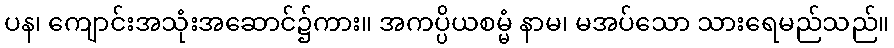
ပန၊ ကျောင်းအသုံးအဆောင်၌ကား။ အကပ္ပိယစမ္မံ နာမ၊ မအပ်သော သားရေမည်သည်။